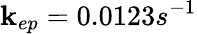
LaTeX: \mathbf{k}_{ep}=0.0123s^{-1}